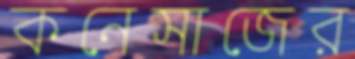
কনেসাজের